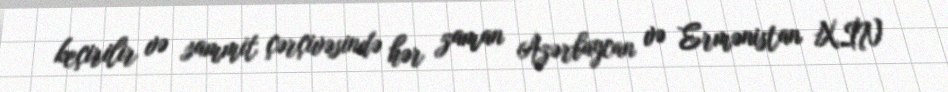
keçirilir və sammit çərçivəsində hər zaman Azərbaycan və Ermənistan XİN